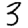
Digit: 3